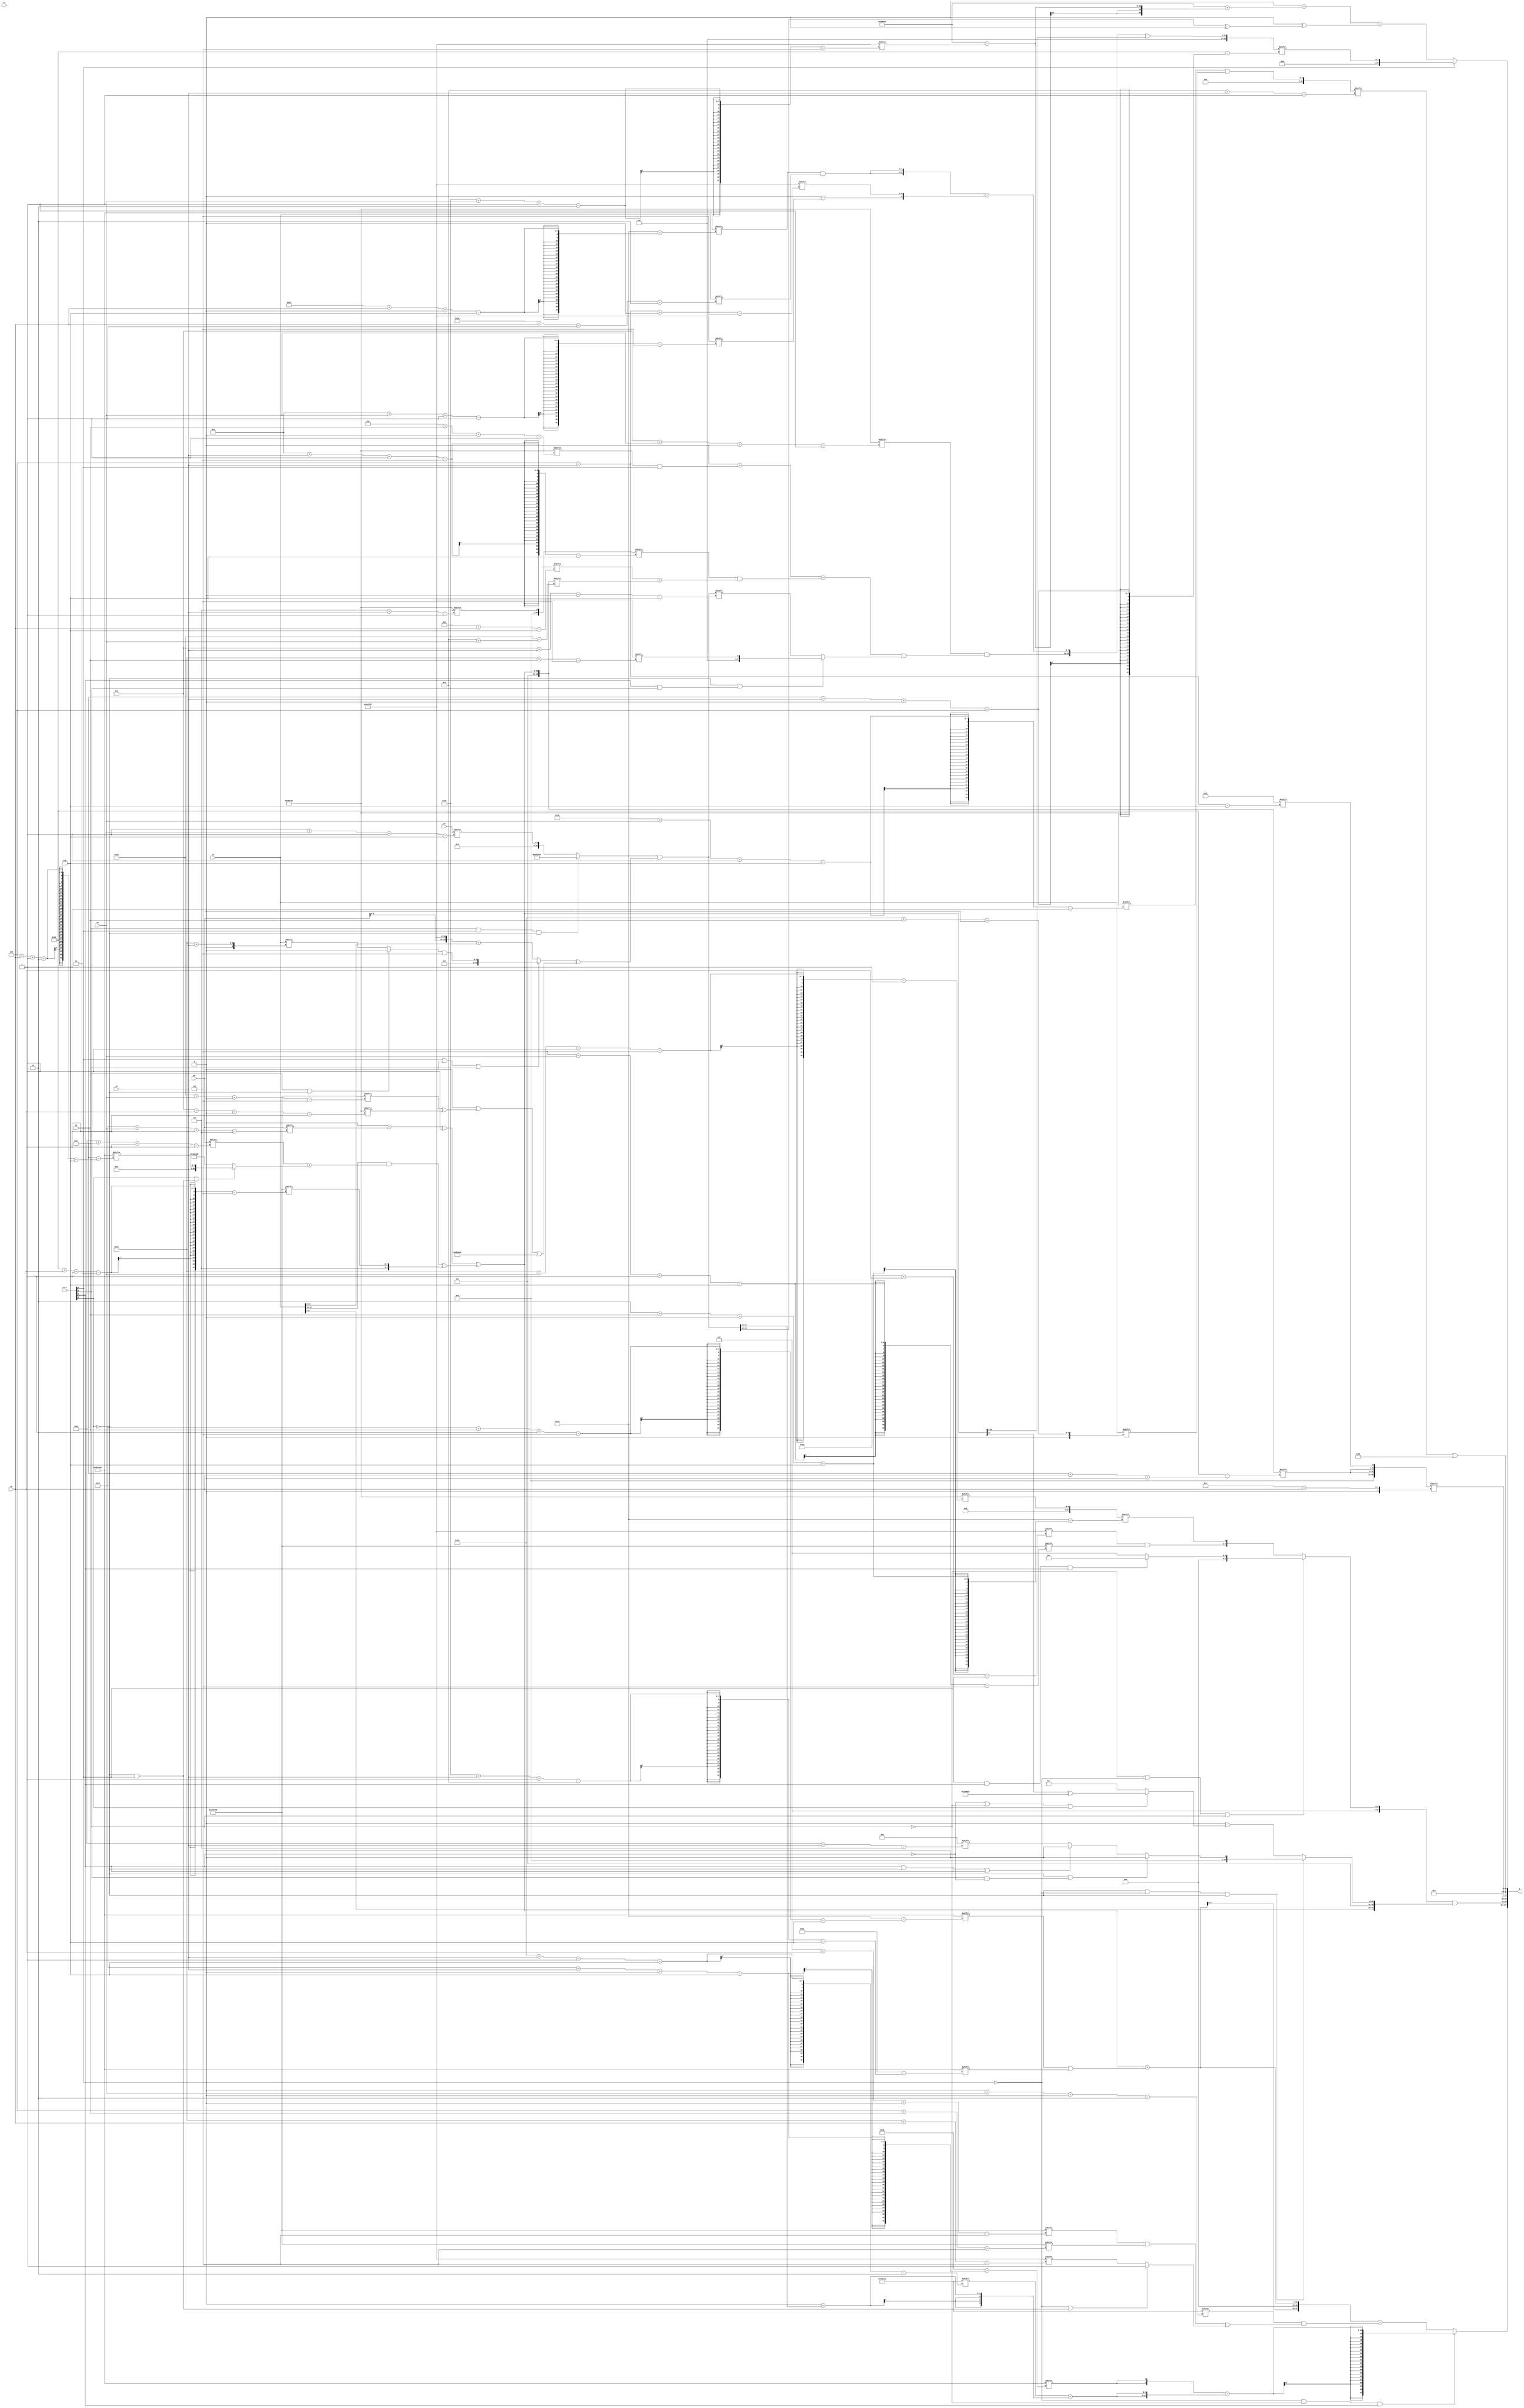
module partsel_00389(ctrl, s0, s1, s2, s3, x0, x1, x2, x3, y);
  input [3:0] ctrl;
  input [2:0] s0;
  input [2:0] s1;
  input [2:0] s2;
  input [2:0] s3;
  input [31:0] x0;
  input signed [31:0] x1;
  input signed [31:0] x2;
  input [31:0] x3;
  wire [0:25] x4;
  wire signed [30:2] x5;
  wire [29:6] x6;
  wire signed [31:7] x7;
  wire signed [29:1] x8;
  wire [26:7] x9;
  wire [25:6] x10;
  wire [30:0] x11;
  wire signed [6:26] x12;
  wire [26:6] x13;
  wire signed [4:26] x14;
  wire [6:26] x15;
  output [127:0] y;
  wire [31:0] y0;
  wire signed [31:0] y1;
  wire [31:0] y2;
  wire [31:0] y3;
  assign y = {y0,y1,y2,y3};
  localparam signed [25:1] p0 = 204848282;
  localparam signed [6:30] p1 = 484118696;
  localparam [25:5] p2 = 842927975;
  localparam signed [27:5] p3 = 135835608;
  assign x4 = ((({2{(p3[17] + (p3 & p3[11 +: 2]))}} + x0[29 + s2 -: 7]) ^ p3[18]) ^ ((x3[18 -: 4] & ((x0[16 + s1 -: 1] | p1[15 +: 3]) + (ctrl[3] || !ctrl[3] && ctrl[1] ? p1[4 + s0 -: 2] : p3))) ^ {p3[13 -: 3], p3[21 + s0 -: 3]}));
  assign x5 = p0;
  assign x6 = ({p3[15 + s1], {2{(ctrl[0] && ctrl[1] && !ctrl[3] ? (p1 | p2) : x2[1 + s2 -: 6])}}} & ((ctrl[1] || ctrl[0] || ctrl[0] ? ((ctrl[0] || ctrl[0] || !ctrl[3] ? p1[19] : x3[19 + s3]) & x5[18 +: 3]) : ({x0, p2} + x3)) ^ {2{((p3[21] ^ (p3[25 + s2 +: 3] ^ p0[13 + s0 +: 6])) | p1)}}));
  assign x7 = p1[19 +: 3];
  assign x8 = (p0[27 + s2 -: 6] | x3[26 + s1 +: 7]);
  assign x9 = p0[22 -: 1];
  assign x10 = {p2[14 +: 3], p0[17 -: 2]};
  assign x11 = {{2{x4[23 + s0 +: 5]}}, x10[4 + s3]};
  assign x12 = x4[18 -: 3];
  assign x13 = p0[7 + s3];
  assign x14 = ({(p0[13 + s2 +: 1] & (((p3[21] + (p0[14 + s1 +: 3] | x5[15 -: 2])) + (x13[10 + s3 -: 5] & (x13[11 + s0] + x4[8 + s2]))) | (!ctrl[3] || ctrl[2] && ctrl[0] ? (p2[19 + s1] & p1[17 +: 2]) : x6[13 + s3 +: 7]))), ({2{(p1[31 + s0 +: 5] & x3[30 + s0 -: 2])}} - {(p0[10] - p2[10 + s2 -: 1]), p2[4 + s3 +: 6]})} ^ x4[15 +: 4]);
  assign x15 = p0[19 + s2 -: 5];
  assign y0 = (!ctrl[1] && !ctrl[0] && ctrl[2] ? ({2{p1[29 + s3 +: 1]}} - {2{(x5[26 + s3 -: 6] - (x10[19 -: 1] - x6[19 -: 2]))}}) : ({2{(x4 + (p1[29 + s1 -: 5] | p1[22 + s3 -: 8]))}} - (x5[0 + s2 +: 6] & ((p3[15 + s0 +: 5] | p3[4 + s1]) ^ (!ctrl[1] || ctrl[1] && !ctrl[3] ? p1[11] : p2[19 + s0])))));
  assign y1 = ({p3[15 -: 4], (!ctrl[0] || !ctrl[1] || ctrl[0] ? (ctrl[1] && ctrl[2] && ctrl[2] ? (x13[18 -: 1] ^ p1[8 +: 3]) : {2{p2[16 -: 2]}}) : {(p2[18 + s0] & p3[5 + s2 -: 6]), x15[2 + s1 +: 1]})} & {x3, (!ctrl[3] || !ctrl[1] || !ctrl[3] ? (!ctrl[3] || ctrl[0] && !ctrl[2] ? x13[14 +: 2] : (ctrl[2] || !ctrl[3] || ctrl[2] ? p1[9 +: 1] : x7[16 + s3])) : (x5[11] ^ (!ctrl[2] || !ctrl[0] || ctrl[3] ? (x4[8 +: 1] ^ (((p1[19 -: 4] | p0[21 -: 4]) | p1) & p2)) : p2[14 -: 2])))});
  assign y2 = x11[12 + s0];
  assign y3 = {(x8[8 + s3] | {x0, p3}), (!ctrl[0] && ctrl[0] || ctrl[1] ? x14[23 + s3 +: 2] : (((x12[16 -: 3] | x8[23]) + (p0 + (p0 - p2[22 + s2 -: 2]))) - (x10[23] ^ (x6[18 +: 4] ^ p1[20 -: 2]))))};
endmodule